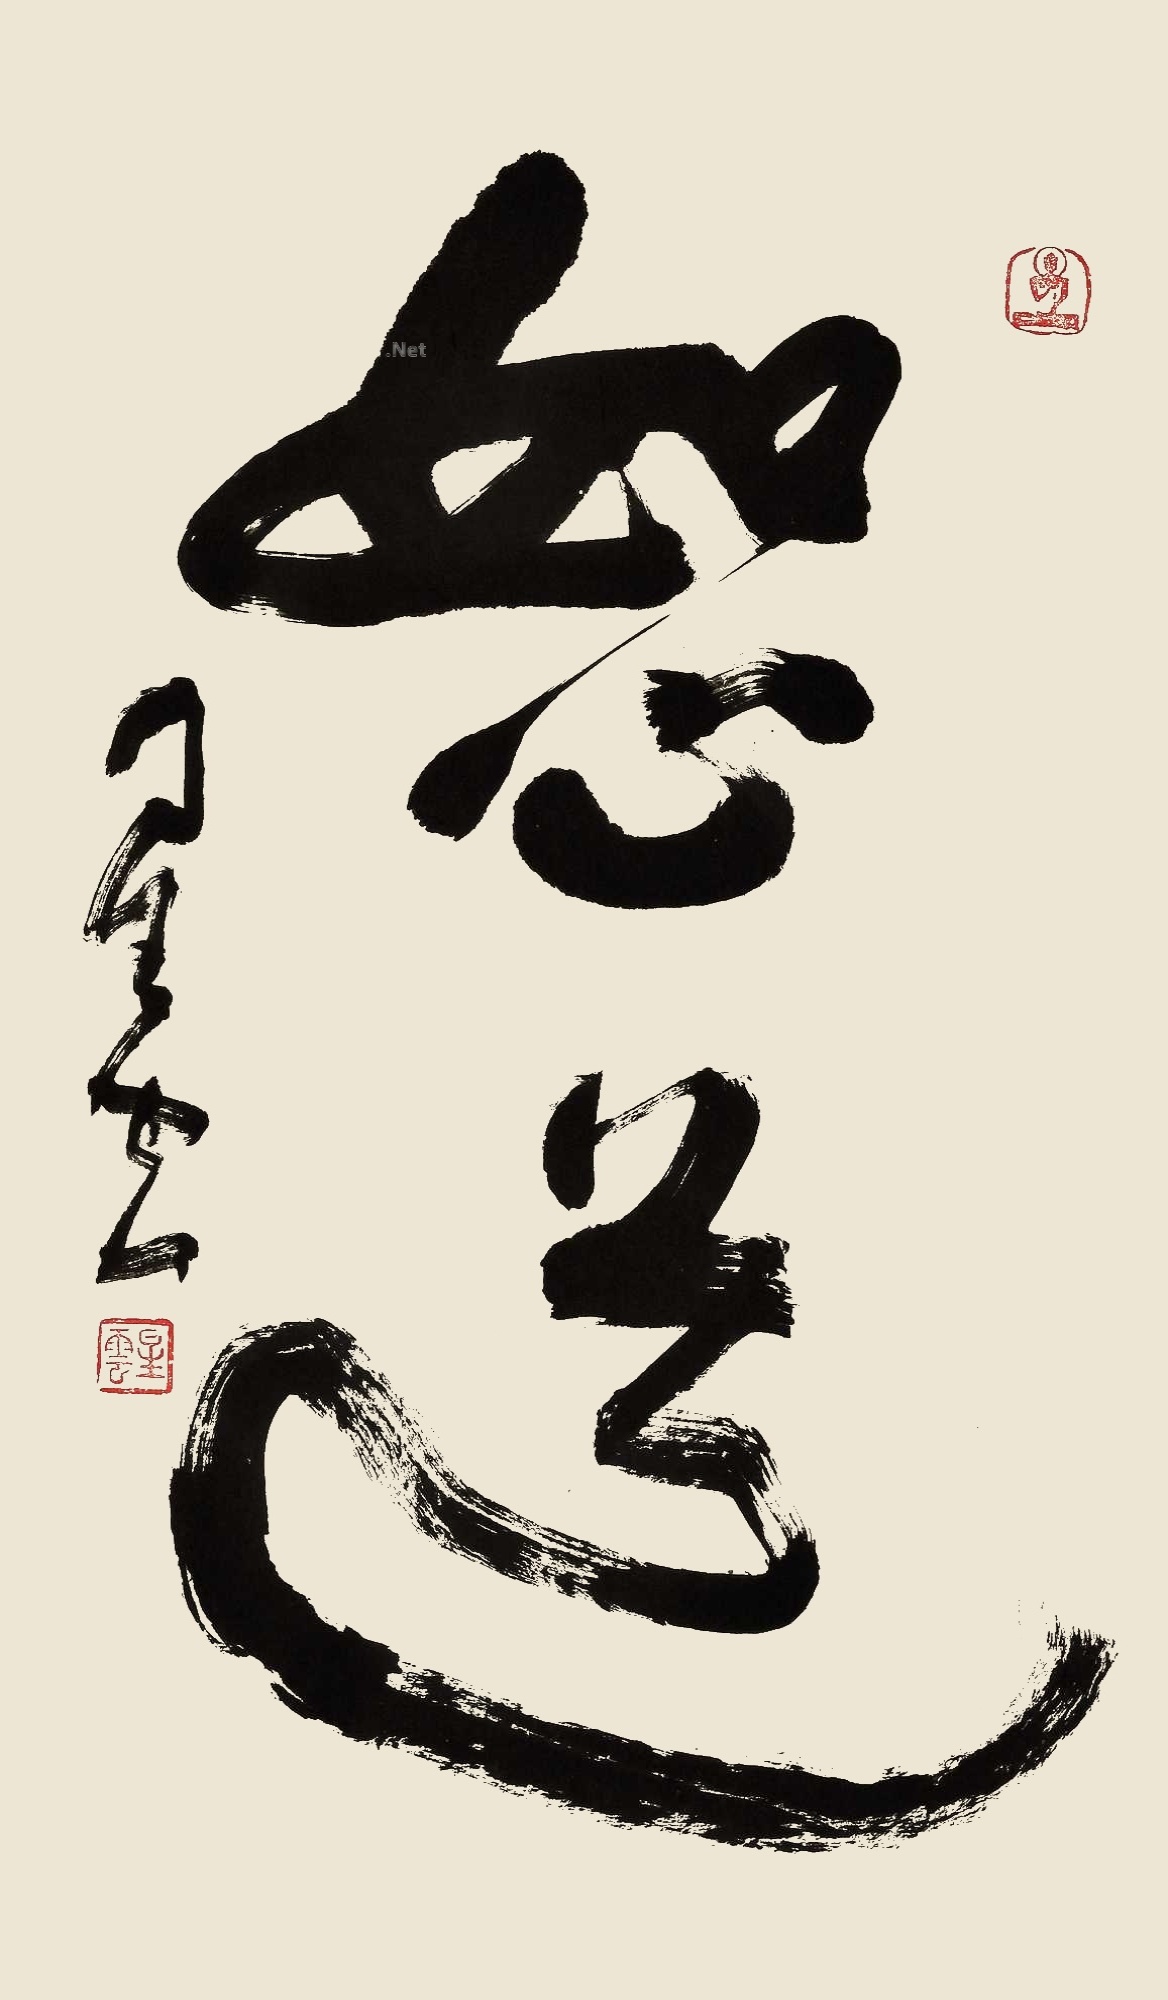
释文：恕道星云